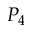
P _ { 4 }